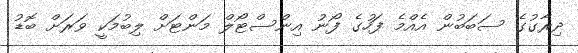
ދިރާގުގެ ސަބަބުން އެއްމެ ފަހުގެ ފޯނު އިންސްޓޯލް މަންޓަށް ލިބުމަކީ ވަރަށް ބޮޑު